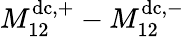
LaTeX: M_{12}^{\mathrm{dc},+}-M_{12}^{\mathrm{dc},-}